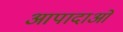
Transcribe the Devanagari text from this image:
आपादाओं